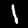
Label: 1